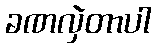
ခဏလှဲတာပါ